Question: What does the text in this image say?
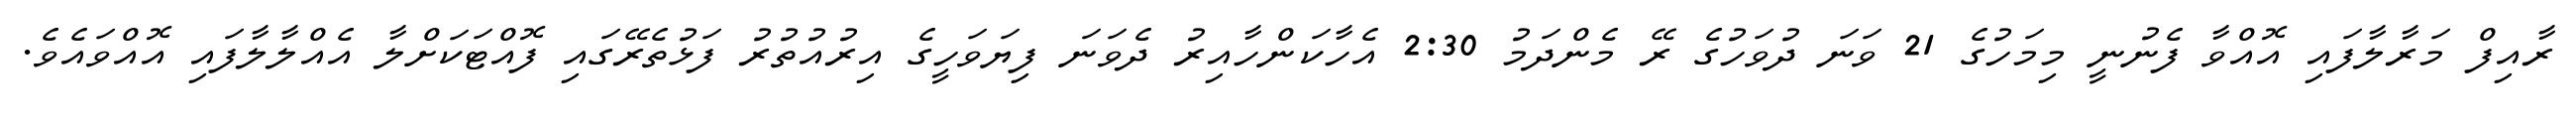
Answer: ރާއިފް މަރާލާފައި އޮއްވާ ފެނުނީ މިމަހުގެ 21 ވަނަ ދުވަހުގެ ރޭ މެންދަމު 2:30 އެހާކަންހާއިރު ދެވަނަ ފިޔަވަހީގެ އިރުއުތުރު ފަޅުތެރޭގައި ފޮއްޓަކަށްލާ އެއްލާލާފައި އޮއްވައެވެ.